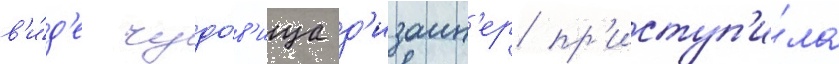
в'и́д'е чудо́в'ища д'изаин'ер пр'иступ'и́ла